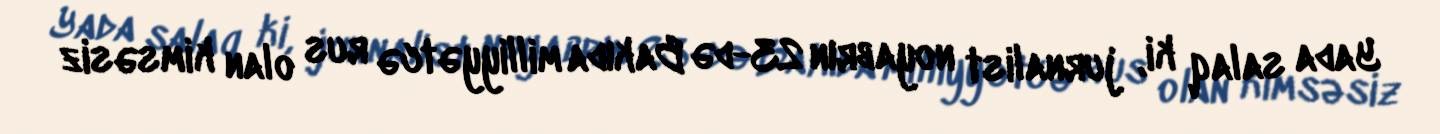
Yada salaq ki, jurnalist noyabrın 23-də Bakıda milliyyətcə rus olan kimsəsiz